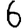
Digit: 6